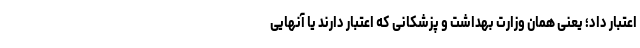
اعتبار داد؛ یعنی همان وزارت بهداشت و پزشکانی که اعتبار دارند یا آنهایی